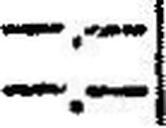
—.—